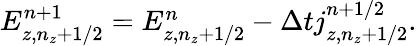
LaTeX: \begin{array}{r}{E_{z,n_{z}+1/2}^{n+1}=E_{z,n_{z}+1/2}^{n}-\Delta tj_{z,n_{z}+1/2}^{n+1/2}.}\end{array}